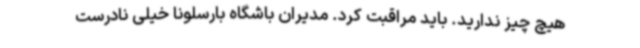
هیچ چیز ندارید. باید مراقبت کرد. مدیران باشگاه بارسلونا خیلی نادرست